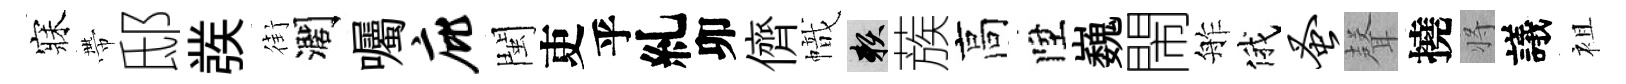
寐帶邸彂街濶囑庇閩吏乎糺卯儕幟賴蔟高陞巍閙舴俄蚤𮋻撓将議袓